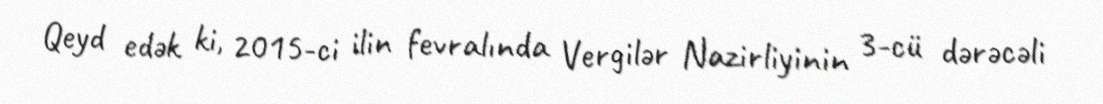
Qeyd edək ki, 2015-ci ilin fevralında Vergilər Nazirliyinin 3-cü dərəcəli